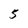
Character: 5